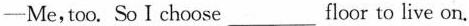
—Me,too. So I choose ___ floor to live on.